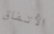
الأتفاق